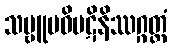
သဗ္ဗူပဓိပဋိနိဿဂ္ဂတ္ထံ